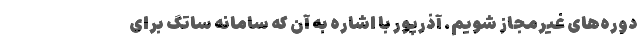
دوره‌های غیرمجاز شویم. آذرپور با اشاره به آن که سامانه ساتگ برای